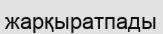
жарқыратпады